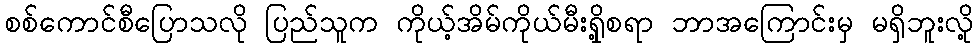
စစ်ကောင်စီပြောသလို ပြည်သူက ကိုယ့်အိမ်ကိုယ်မီးရှို့စရာ ဘာအကြောင်းမှ မရှိဘူးလို့